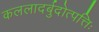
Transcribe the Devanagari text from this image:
कललादर्बुदोत्पत्तिः